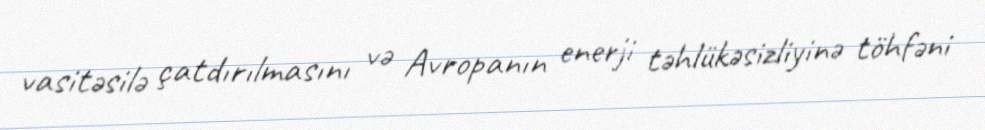
vasitəsilə çatdırılmasını və Avropanın enerji təhlükəsizliyinə töhfəni